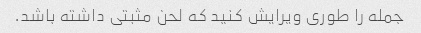
جمله را طوری ویرایش کنید که لحن مثبتی داشته باشد.